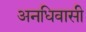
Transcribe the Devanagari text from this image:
अनधिवासी